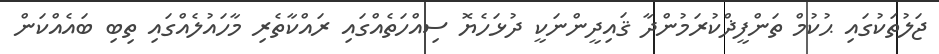
ޖަލުތަކުގައި ޙުކުމް ތަންފީޛްކުރަމުންދާ ޤައިދީންނަކީ ދުޅަހެޔޮ ސިއްހަތެއްގައި ރައްކާތެރި މާހައުލެއްގައި ތިބި ބައެއްކަން